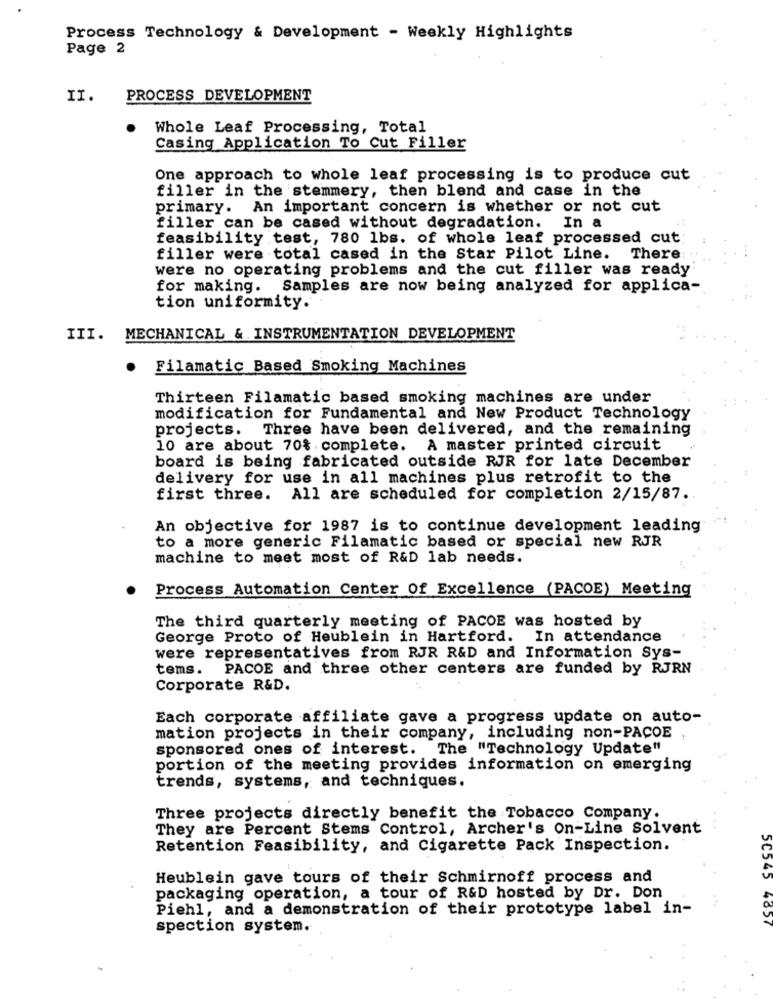
Process Technology & Development - Weekly Highlights
Page 2
II.
PROCESS DEVELOPMENT
Whole Leaf Processing, Total
Casing Application To Cut Filler
One approach to whole leaf processing is to produce cut
filler in the stemmery, then blend and case in the
primary. An important concern is whether or not cut
filler can be cased without degradation. In a
feasibility test, 780 lbs. of whole leaf processed cut
filler were total cased in the Star Pilot Line. There:
were no operating problems and the cut filler was ready
for making. Samples are now being analyzed for applica-
tion uniformity.
III. MECHANICAL & INSTRUMENTATION DEVELOPMENT
Filamatic Based Smoking Machines
Thirteen Filamatic based smoking machines are under
modification for Fundamental and New Product Technology
projects.
Three have been delivered, and the remaining
10 are about 70% complete. A master printed circuit
board is being fabricated outside RJR for late December
delivery for use in all machines plus retrofit to the
first three. All are scheduled for completion 2/15/87.
An objective for 1987 is to continue development leading
to a more generic Filamatic based or special new RJR
machine to meet most of R&D lab needs.
Process Automation Center Of Excellence (PACOE) Meeting
The third quarterly meeting of PACOE was hosted by
George Proto of Heublein in Hartford. In attendance
were representatives from RJR R&D and Information Sys-
tems. PACOE and three other centers are funded by RJRN
Corporate R&D.
Each corporate affiliate gave a progress update on auto-
mation projects in their company, including non-PACOE
sponsored ones of interest. The "Technology Update"
portion of the meeting provides information on emerging
trends, systems, and techniques.
Three projects directly benefit the Tobacco Company.
They are Percent Stems Control, Archer's On-Line Solvent
Retention Feasibility, and Cigarette Pack Inspection.
Heublein gave tours of their Schmirnoff process and
packaging operation, a tour of R&D hosted by Dr. Don
Piehl, and a demonstration of their prototype label in-
50545 4657
spection system.